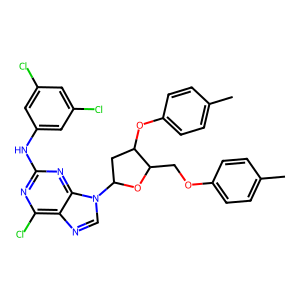
SMILES: Cc1ccc(OCC2OC(n3cnc4c(Cl)nc(Nc5cc(Cl)cc(Cl)c5)nc43)CC2Oc2ccc(C)cc2)cc1
Inhibits HIV replication: No